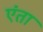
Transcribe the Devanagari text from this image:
एंता